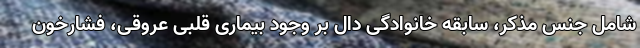
شامل جنس مذکر، سابقه خانوادگی دال بر وجود بیماری قلبی عروقی، فشارخون